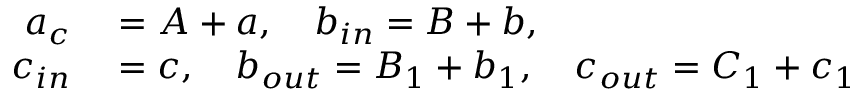
\begin{array} { r l } { a _ { c } } & { { } = A + a , \quad b _ { i n } = B + b , } \\ { c _ { i n } } & { { } = c , \quad b _ { o u t } = B _ { 1 } + b _ { 1 } , \quad c _ { o u t } = C _ { 1 } + c _ { 1 } } \end{array}